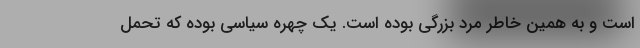
است و به همین خاطر مرد بزرگی بوده است. یک چهره سیاسی بوده که تحمل